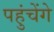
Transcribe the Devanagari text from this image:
पहुंचेंगे